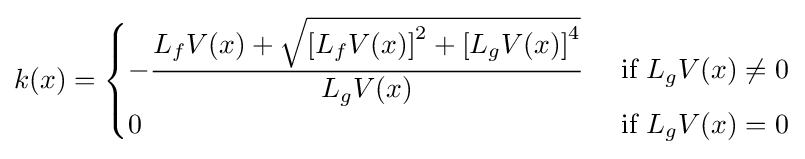
k(x)={\begin{cases}\displaystyle -{\frac {L_{f}V(x)+{\sqrt {\left[L_{f}V(x)\right]^{2}+\left[L_{g}V(x)\right]^{4}}}}{L_{g}V(x)}}&{\text{ if }}L_{g}V(x)\neq 0\\0&{\text{ if }}L_{g}V(x)=0\end{cases}}